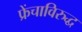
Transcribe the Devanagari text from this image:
फ्रेंचाविरुद्ध